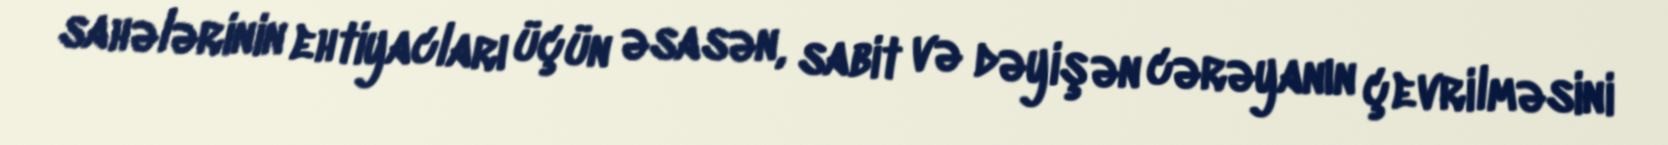
sahələrinin ehtiyacları üçün əsasən, sabit və dəyişən cərəyanın çevrilməsini